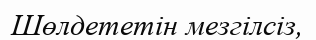
Шөлдететін мезгілсіз,